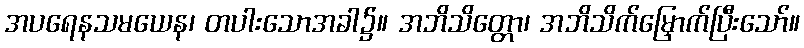
အပရေနသမယေန၊ တပါးသောအခါ၌။ အဘိသိတ္တော၊ အဘိသိက်မြှောက်ပြီးသော်။